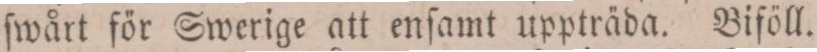
ſwårt för Swerige att enſamt uppträda. Biföll.